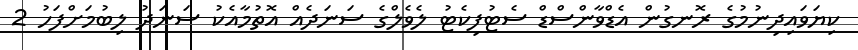
ކިޔަވައިދިނުމުގެ ރޮނގުން އެޑްވާންސްޑް ސެޓުފިކެޓު ލެވެލްގެ ސަނަދެއް އޮތުމާއެކު ސަނަދު ލިބުމަށްފަހު 2